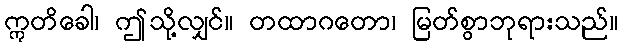
ဣတိခေါ၊ ဤသို့လျှင်။ တထာဂတော၊ မြတ်စွာဘုရားသည်။